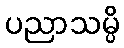
ပညာသမ္ပိ